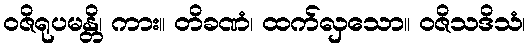
ဝဇိရုပမန္တိ၊ ကား။ တိခဏံ၊ ထက်လှသော။ ဝဇိသဒိသံ၊